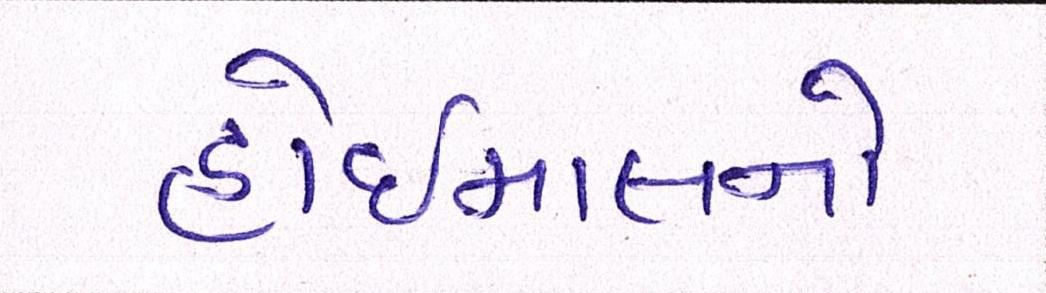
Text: હોઇમાલનો